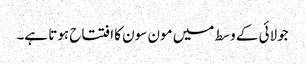
جولائی کے وسط میں مون سون کا افتتاح ہوتا ہے۔